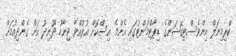
ކްރިމިނަލް އިންވެސްޓިގޭޝަންގެ ޑިޕާޓްމަންޓުގައި އެންމެ އިސްކޮށް އުޅުއްވާ ޖިނާހު ދޫނިދު އަށް ގެންދިއުމަށް